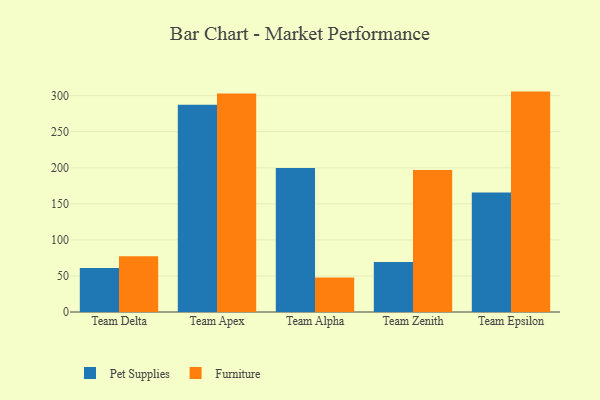
{"axis": {"x": "Team", "y": "Waste Production (Tons)"}, "legend": ["Furniture", "Pet Supplies"], "data": [{"x": "Team Delta", "y": 60.9, "type": "Pet Supplies"}, {"x": "Team Delta", "y": 77.2, "type": "Furniture"}, {"x": "Team Apex", "y": 287.4, "type": "Pet Supplies"}, {"x": "Team Apex", "y": 303.0, "type": "Furniture"}, {"x": "Team Alpha", "y": 199.7, "type": "Pet Supplies"}, {"x": "Team Alpha", "y": 47.8, "type": "Furniture"}, {"x": "Team Zenith", "y": 69.2, "type": "Pet Supplies"}, {"x": "Team Zenith", "y": 196.9, "type": "Furniture"}, {"x": "Team Epsilon", "y": 165.6, "type": "Pet Supplies"}, {"x": "Team Epsilon", "y": 305.6, "type": "Furniture"}]}